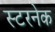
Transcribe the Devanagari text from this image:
स्टरनेक